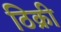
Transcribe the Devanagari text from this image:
ठिक्री